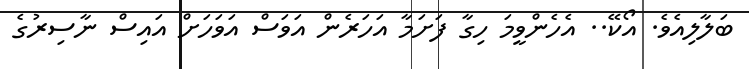
ބަލާލިއެވެ. އޯކޭ.. އެހެންވީމަ ހިގާ ފަށަމާ އަހަރެން އަވަސް އަވަހަށް އައިސް ނާސިރުގެ